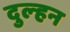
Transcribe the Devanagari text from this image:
दुल्‍हन